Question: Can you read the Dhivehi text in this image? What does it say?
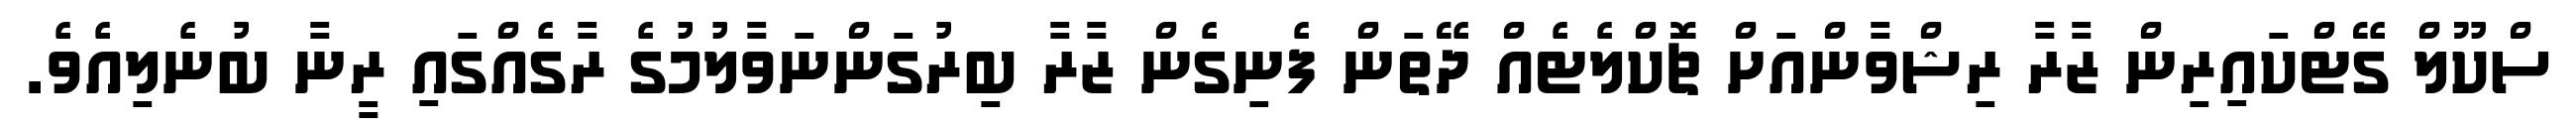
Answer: ސްކޫލް ގޭޓްކައިރިން ޒާރާ ރިޝްވާންއަށް ޗޮކްލެޓެއް ދޭތަން ފެނިގެން ޒާރާ ބިރުގަންނަވާލުމުގެ ރާގެއްގައި ރީނާ ބުނެލިއެވެ.